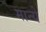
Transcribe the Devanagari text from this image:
मान्ये